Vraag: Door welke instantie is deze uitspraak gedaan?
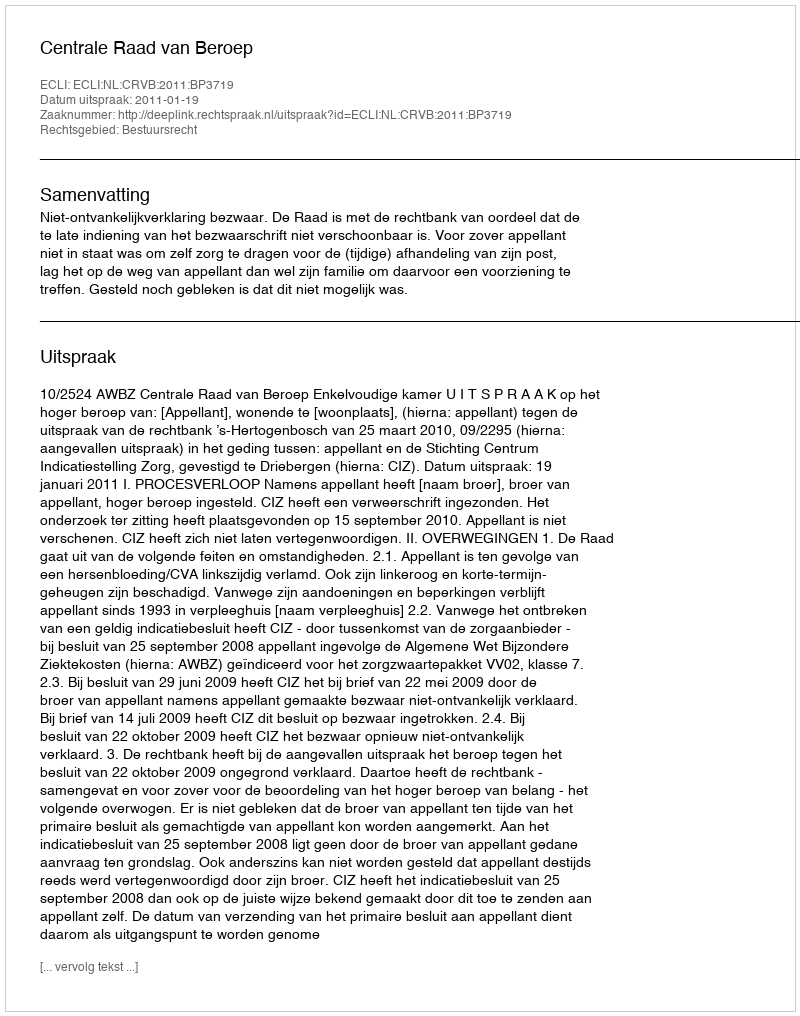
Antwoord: Centrale Raad van Beroep